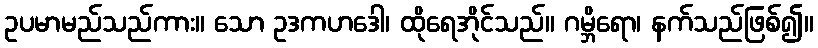
ဥပမာမည်သည်ကား။ သော ဥဒကဟဒေါ၊ ထိုရေအိုင်သည်။ ဂမ္ဘိရော၊ နက်သည်ဖြစ်၍။